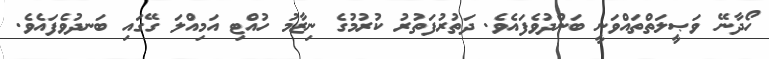
ހޯދާނޭ ވަޞީލަތްތައްވަނީ ބަންދުވެފައެވެ. ދަތުރުފަތުރު ކުރުމުގެ ނިޒާމު ހުއްޓި އަމިއްލަ ގޭގައި ބަނދުވެފައެވެ.